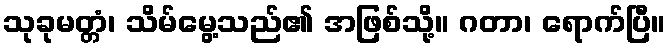
သုခုမတ္တံ၊ သိမ်မွေ့သည်၏ အဖြစ်သို့။ ဂတာ၊ ရောက်ပြီ။